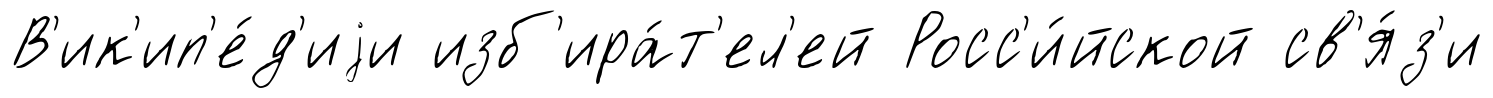
В'ик'ип'е́д'иjи изб'ира́т'ел'ей Росс'и́йской св'я́з'и